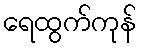
ရေထွက်ကုန်